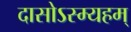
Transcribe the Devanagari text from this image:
दासोऽस्म्यहम्